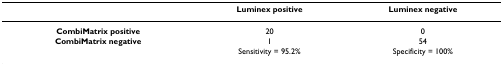
<table><thead><tr><td></td><td><b>Luminex positive</b></td><td><b>Luminex negative</b></td></tr></thead><tbody><tr><td><b>CombiMatrix positive</b></td><td>20</td><td>0</td></tr><tr><td><b>CombiMatrix negative</b></td><td>1</td><td>54</td></tr><tr><td></td><td>Sensitivity = 95.2%</td><td>Specificity = 100%</td></tr></tbody></table>